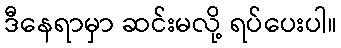
ဒီနေရာမှာ ဆင်းမလို့ ရပ်ပေးပါ။